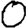
Digit: 0